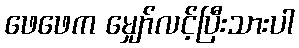
ဖေဖေက မျှော်လင့်ပြီးသားပါ